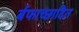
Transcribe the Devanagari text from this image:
र्बफाच्छादित